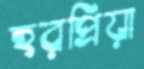
হরপ্রিয়া